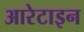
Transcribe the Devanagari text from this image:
आरेटाइन